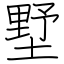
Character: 墅